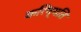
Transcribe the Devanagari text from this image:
करिष्यति